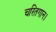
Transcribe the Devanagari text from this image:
चरितगान।